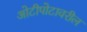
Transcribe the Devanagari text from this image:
ओटीपोटावरील